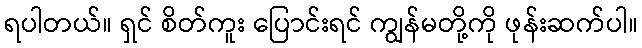
ရပါတယ်။ ရှင် စိတ်ကူး ပြောင်းရင် ကျွန်မတို့ကို ဖုန်းဆက်ပါ။